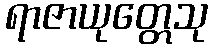
ရာဇာယုတ္တေသု